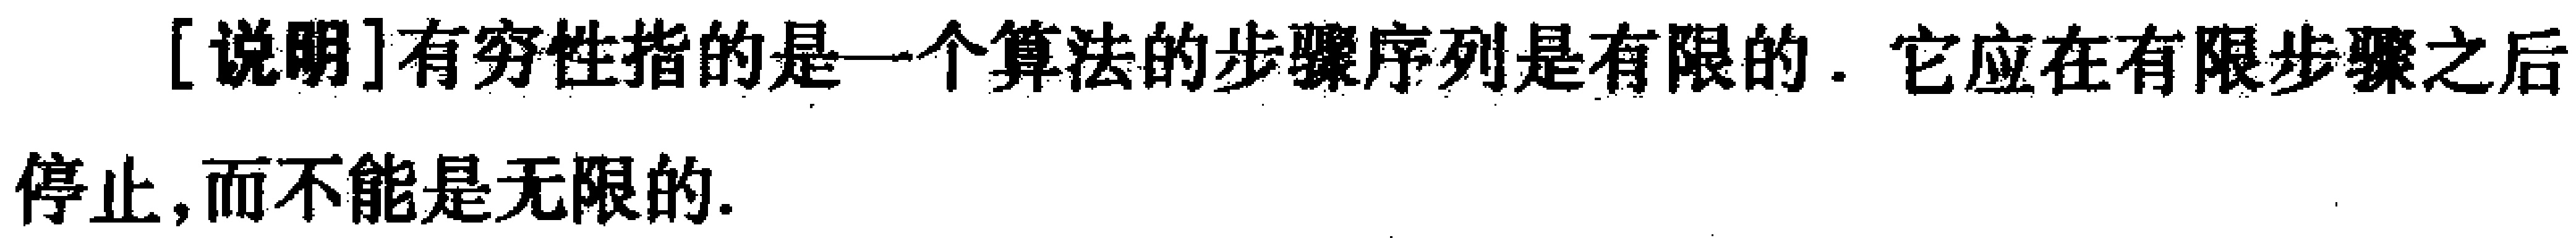
[说明]有穷性指的是一个算法的步骤序列是有限的. 它应在有限步骤之后停止,而不能是无限的.